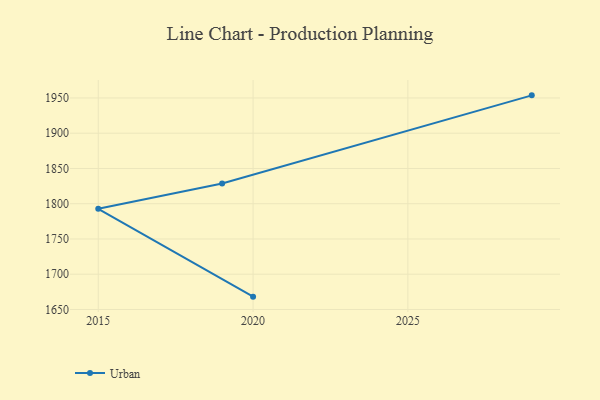
{"axis": {"x": "Year", "y": "Budget (USD K)"}, "legend": ["Urban"], "data": [{"x": "2029", "y": 1953.7, "type": "Urban"}, {"x": "2019", "y": 1828.6, "type": "Urban"}, {"x": "2015", "y": 1792.8, "type": "Urban"}, {"x": "2020", "y": 1668.2, "type": "Urban"}]}